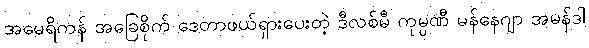
အမေရိကန် အခြေစိုက် ဒေတာဖယ်ရှားပေးတဲ့ ဒီလစ်မီ ကုမ္ပဏီ မန်နေဂျာ အမန်ဒါ